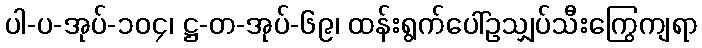
ပါ-ပ-အုပ်-၁၀၄၊ ဋ္ဌ-တ-အုပ်-၆၉၊ ထန်းရွက်ပေါ်ဥသျှပ်သီးကြွေကျရာ